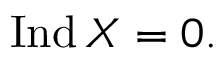
\operatorname { I n d } X = 0 .